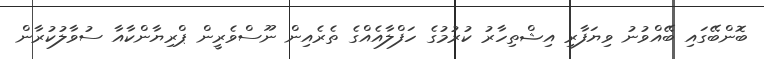
ބޮންބޭގައި ބޭއްވުނު ވިޔަފާރި އިޝްތިހާރު ކުރުމުގެ ހަފްލާއެއްގެ ތެރެއިން ނޫސްވެރީން ޕްރިޔާންކާއާ ސުވާލުކުރާން